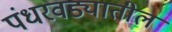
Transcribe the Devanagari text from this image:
पंधरवड्यातील